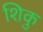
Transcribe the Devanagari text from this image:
शिकु